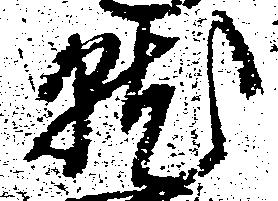
就